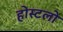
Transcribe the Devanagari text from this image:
होस्टलो